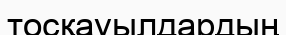
тосқауылдардың